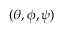
( \theta , \phi , \psi )